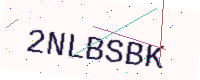
Text: 2NLBSBK